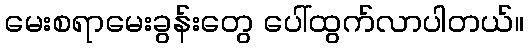
မေးစရာမေးခွန်းတွေ ပေါ်ထွက်လာပါတယ်။